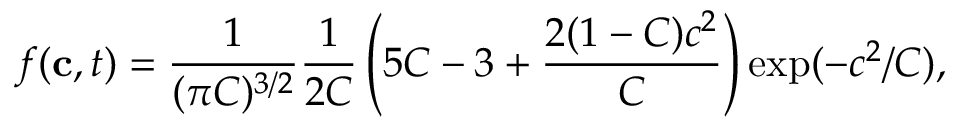
f ( \mathbf { c } , t ) = \frac { 1 } { ( \pi C ) ^ { 3 / 2 } } \frac { 1 } { 2 C } \left( 5 C - 3 + \frac { 2 ( 1 - C ) c ^ { 2 } } { C } \right) \exp ( - c ^ { 2 } / C ) ,